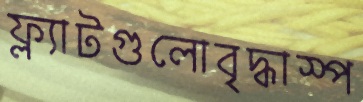
ফ্ল্যাটগুলোবৃদ্ধাস্প